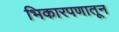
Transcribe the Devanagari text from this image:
भिकारपणातून